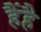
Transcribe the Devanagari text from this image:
हैंहै